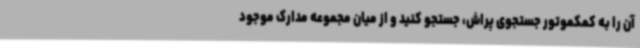
آن را به کمکموتور جستجوی پراش، جستجو کنید و از میان مجموعه مدارک موجود